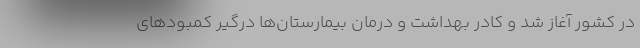
در کشور آغاز شد و کادر بهداشت و درمان بیمارستان‌ها درگیر کمبودهای